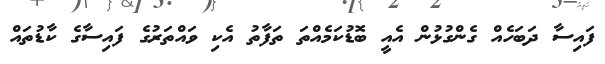
ފައިސާ ދަބަހެއް ގެންގުޅުން އެއީ ބޮޑުކަމެއްތަ ތަފާތު އެކި ވައްތަރުގެ ފައިސާގެ ކާޑުތައް